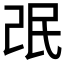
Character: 𱥩